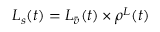
{ { L } _ { s } ( t ) } = { L } _ { \bar { v } } ( t ) \times { \rho ^ { L } } ( t )